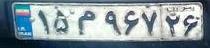
۱۵م۹۶۷۲۶